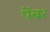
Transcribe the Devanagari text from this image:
पेंबर